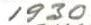
1930